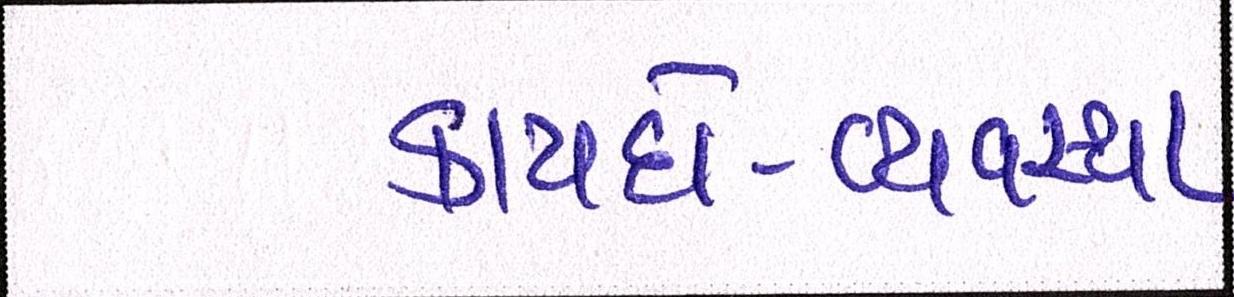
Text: કાયદો-વ્યવસ્થા